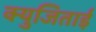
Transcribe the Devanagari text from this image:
क्युजिताई